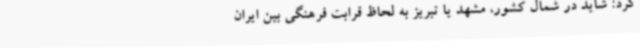
کرد: شاید در شمال کشور، مشهد یا تبریز به لحاظ قرابت فرهنگی بین ایران